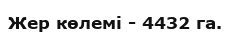
Жер көлемі - 4432 га.